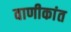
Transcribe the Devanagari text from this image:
वाणीकांत